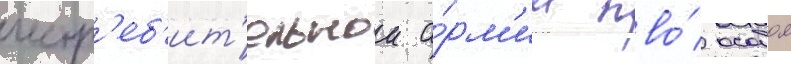
истр'еб'ит'ельнои а́рм'ии пво́ особои